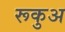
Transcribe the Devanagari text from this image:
रूकुअ